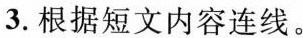
3.根据短文内容连线。